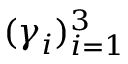
( \boldsymbol { \gamma } _ { i } ) _ { i = 1 } ^ { 3 }